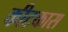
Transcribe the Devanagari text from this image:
कीटकास